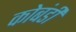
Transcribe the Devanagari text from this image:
कोबंडी